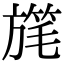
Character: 𣄓